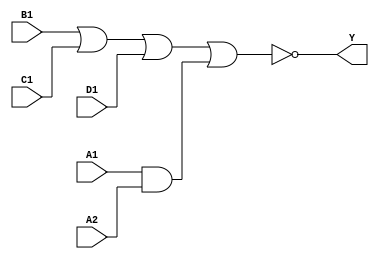
module sky130_fd_sc_hd__a2111oi (
    Y ,
    A1,
    A2,
    B1,
    C1,
    D1
);

    // Module ports
    output Y ;
    input  A1;
    input  A2;
    input  B1;
    input  C1;
    input  D1;

    // Module supplies
    supply1 VPWR;
    supply0 VGND;
    supply1 VPB ;
    supply0 VNB ;

    // Local signals
    wire and0_out  ;
    wire nor0_out_Y;

    //  Name  Output      Other arguments
    and and0 (and0_out  , A1, A2              );
    nor nor0 (nor0_out_Y, B1, C1, D1, and0_out);
    buf buf0 (Y         , nor0_out_Y          );

endmodule